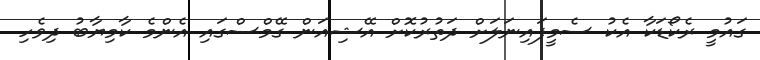
ގައުމީ ރެކޯޑަކާ އެކު ސެމީފައިނަލަށް ދަތުރުކޮށް އޭޝިއަން ގޭމްސްގައި އެންމެ ކާމިޔާބު ދިވެހި